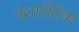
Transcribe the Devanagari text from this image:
पेशारीरिक